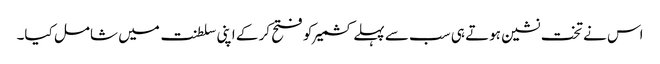
اس نے تخت نشین ہوتے ہی سب سے پہلے کشمیر کو فتح کر کے اپنی سلطنت میں شامل کیا۔